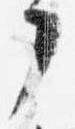
了